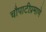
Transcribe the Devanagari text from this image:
चौपाटीप्रमाणे